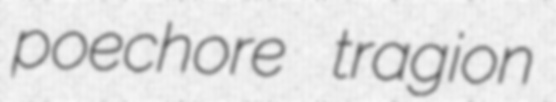
poechore tragion